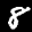
Label: 8